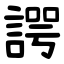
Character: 諤